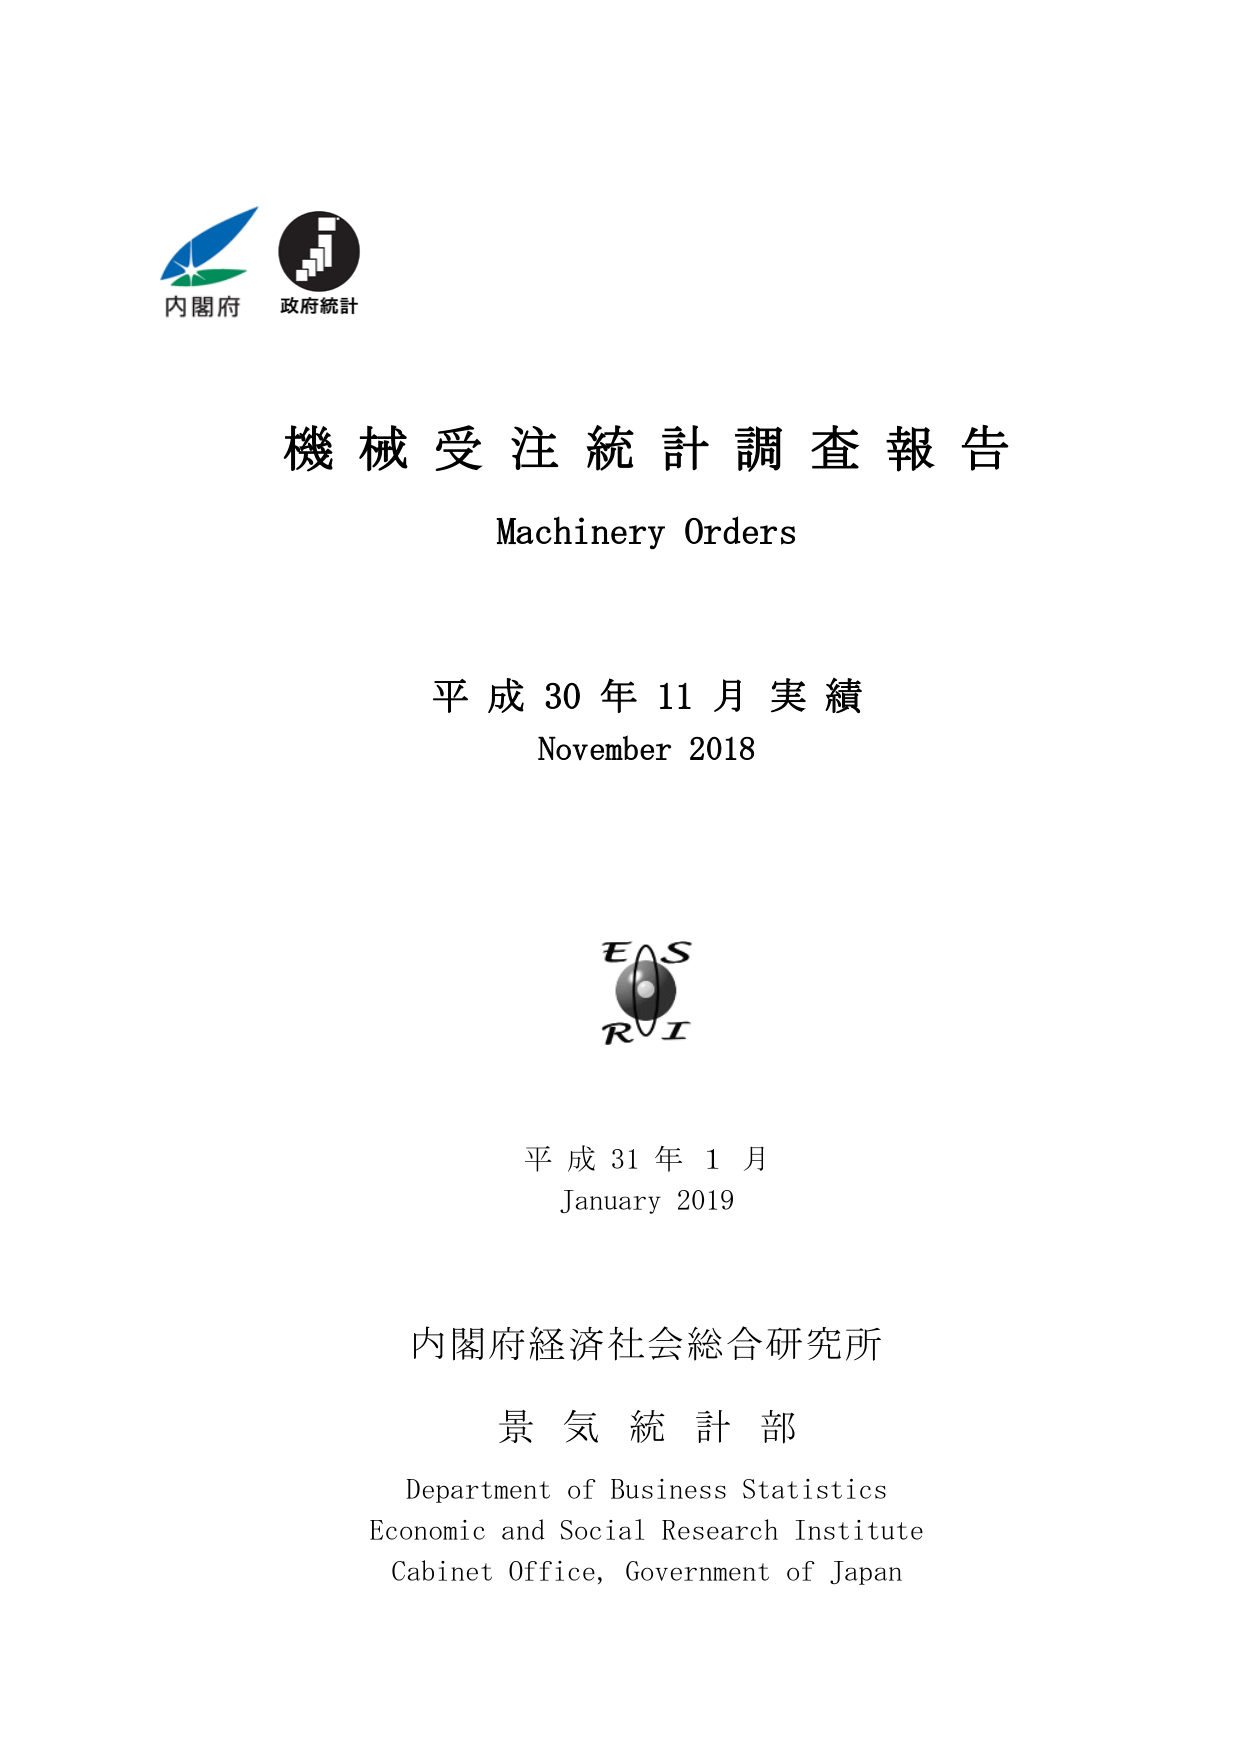
内閣府
政府統計

機械受注統計調査報告
Machinery Orders

平成30年11月実績
November 2018

EAS
RI

平成31年1月
January 2019

内閣府経済社会総合研究所
景気統計部
Department of Business Statistics
Economic and Social Research Institute
Cabinet Office, Government of Japan